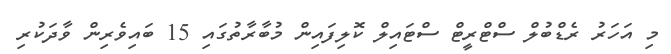
މި އަހަރު ރެޑްބުލް ސްޓްރީޓް ސްޓައިލް ކޮލިފައިން މުބާރާތުގައި 15 ބައިވެރިން ވާދަކުރި